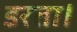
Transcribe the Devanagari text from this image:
डरता।